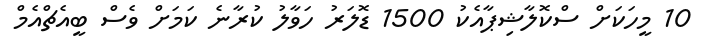
10 މީހަކަށް ސްކޮލާޝިޕާއެކު 1500 ޑޮލަރު ހަވާލު ކުރާނެ ކަމަށް ވެސް ބީއެޗްއެމް